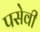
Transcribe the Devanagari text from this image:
पसेवी